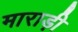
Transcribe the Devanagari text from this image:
माराड़ी